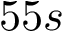
5 5 s